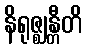
နိရုဇ္ဈန္တီတိ